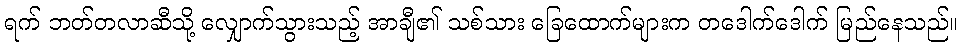
ရက် ဘတ်တလာဆီသို့ လျှောက်သွားသည့် အာချီ၏ သစ်သား ခြေထောက်များက တဒေါက်ဒေါက် မြည်နေသည်။